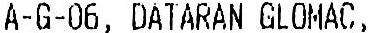
A-G-06, DATARAN GLOMAC,